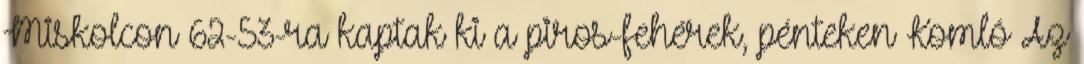
Miskolcon 62-53-ra kaptak ki a piros-fehérek, pénteken Komló Az